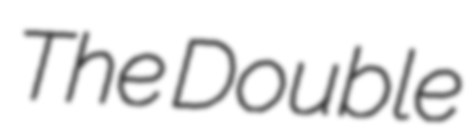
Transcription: The Double